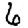
Digit: 6